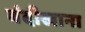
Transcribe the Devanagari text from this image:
बंदीखाना